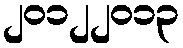
၂၀၁၂၂၀၁၃